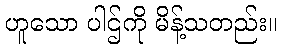
ဟူသော ပါဌ်ကို မိန့်သတည်း။